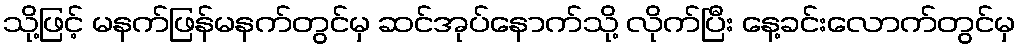
သို့ဖြင့် မနက်ဖြန်မနက်တွင်မှ ဆင်အုပ်နောက်သို့ လိုက်ပြီး နေ့ခင်းလောက်တွင်မှ